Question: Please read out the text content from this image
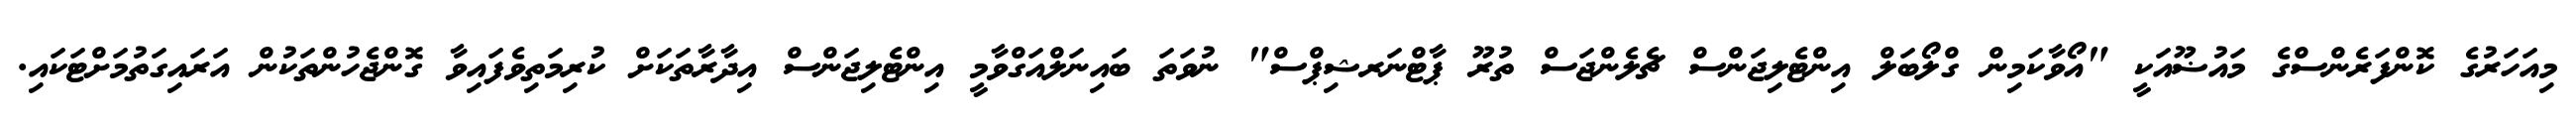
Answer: މިއަހަރުގެ ކޮންފަރެންސްގެ މައުޟޫއަކީ "އޯވާކަމިން ގްލޯބަލް އިންޓެލިޖަންސް ޗެލެންޖަސް ތުރޫ ޕާޓްނަރޝިޕްސް" ނުވަތަ ބައިނަލްއަގްވާމީ އިންޓެލިޖަންސް އިދާރާތަކަށް ކުރިމަތިވެފައިވާ ގޮންޖެހުންތަކުން އަރައިގަތުމަށްޓަކައި.